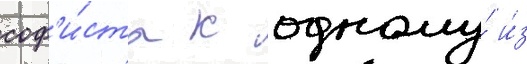
соф'и́ста к одному́ и́з